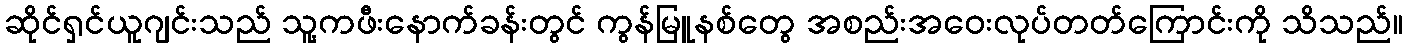
ဆိုင်ရှင်ယူဂျင်းသည် သူ့ကဖီးနောက်ခန်းတွင် ကွန်မြူနစ်တွေ အစည်းအဝေးလုပ်တတ်ကြောင်းကို သိသည်။